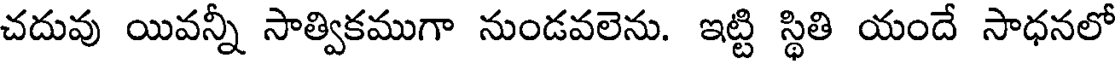
చదువు యివన్నీ సాత్వికముగా నుండవలెను. ఇట్టి స్థితి యందే సాధనలో